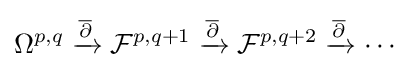
\Omega ^{p,q}\xrightarrow {\overline {\partial }} {\mathcal {F}}^{p,q+1}\xrightarrow {\overline {\partial }} {\mathcal {F}}^{p,q+2}\xrightarrow {\overline {\partial }} \cdots